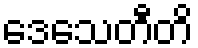
ဒေသေတီတိ